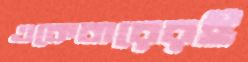
একেবারেরই